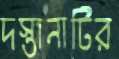
দস্তানাটির